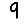
Digit: 9